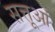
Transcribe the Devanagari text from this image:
सत्तूओं